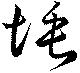
埵